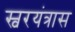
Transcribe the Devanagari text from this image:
स्वरयंत्रास